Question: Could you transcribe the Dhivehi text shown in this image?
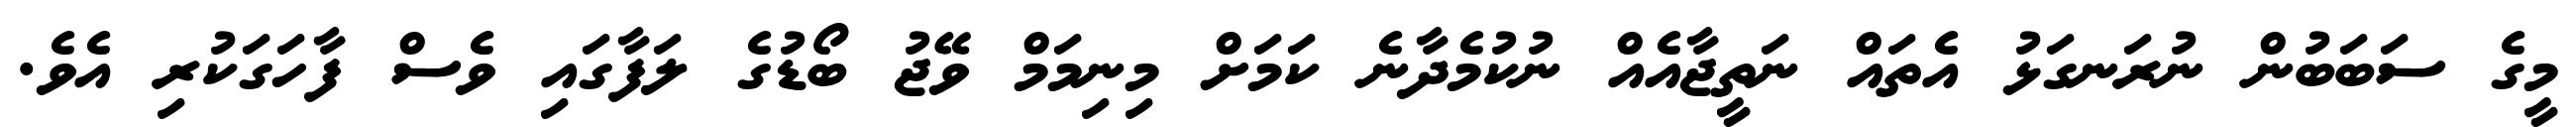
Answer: މީގެ ސަބަބުން ނުރަނގަޅު އެތައް ނަތީޖާއެއް ނުކުމެދާނެ ކަމަށް މިނިމަމް ވޭޖު ބޯޑުގެ ލަފާގައި ވެސް ފާހަގަކުރި އެވެ.